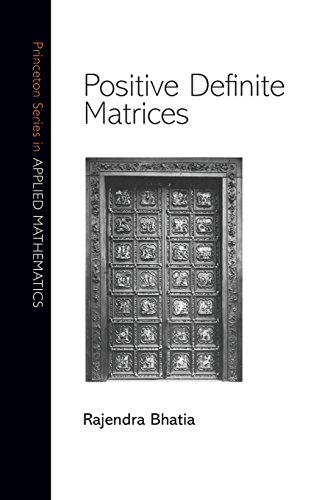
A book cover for Positive Definite Matrices (Princeton Series in Applied Mathematics); Rajendra Bhatia; Science & Math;